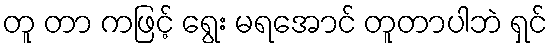
တူ တာ ကဖြင့် ရွေး မရအောင် တူတာပါဘဲ ရှင်